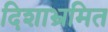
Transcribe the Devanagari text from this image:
दिशाभ्रमित